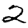
Digit: 2